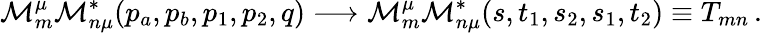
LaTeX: {\cal M}_{m}^{\mu}{\cal M}_{n\mu}^{*}(p_{a},p_{b},p_{1},p_{2},q)\longrightarrow{\cal M}_{m}^{\mu}{\cal M}_{n\mu}^{*}(s,t_{1},s_{2},s_{1},t_{2})\equiv T_{mn}\, .